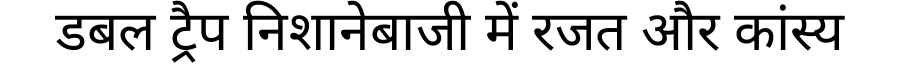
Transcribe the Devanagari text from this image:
डबल ट्रैप निशानेबाजी में रजत और कांस्य